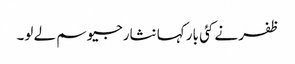
ظفر نے کئی بار کہا نثارجیو سم لے لو۔